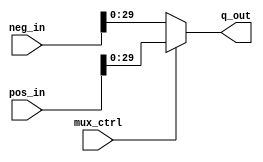
module arith_in_mux (pos_in, neg_in, q_out, mux_ctrl);
// signals for connecting to the Avalon fabric

parameter WIDTH = 30;
input mux_ctrl;
input [31:0] pos_in, neg_in;
output [WIDTH-1:0] q_out;


assign q_out = ~mux_ctrl ? neg_in[WIDTH-1:0] : pos_in[WIDTH-1:0];

endmodule